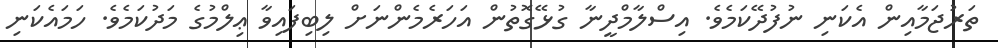
ތަރުޖަމާއިން އެކަނި ނުފުދޭކަމެވެ. އިސްލާމްދީނާ ގުޅޭގޮތުން އަހަރެމެންނަށް ލިބިފައިވާ ޢިލްމުގެ މަދުކަމެވެ. ހަމައެކަނި